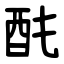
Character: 䣨